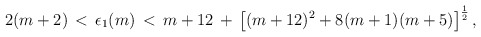
\begin{align*}2(m+2)\,<\,\epsilon_1(m)\,<\,m+12\,+\,\left[(m+12)\sp2+8(m+1)(m+5)\right]\sp{1\over2},\end{align*}